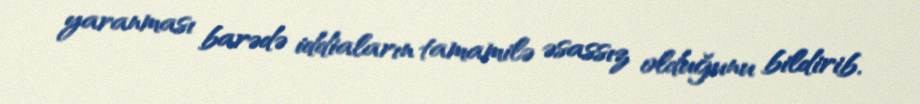
yaranması barədə iddiaların tamamilə əsassız olduğunu bildirib.